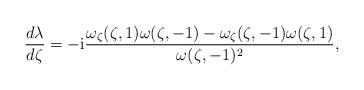
LaTeX: \begin{align*}\frac{d\lambda}{d\zeta} =-\mathrm{i}\frac{ \omega_\zeta(\zeta,1)\omega(\zeta, -1)-\omega_\zeta(\zeta,-1)\omega(\zeta, 1)}{ \omega(\zeta,-1)^2},\end{align*}